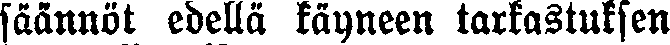
säännöt edellä käyneen tarkastuksen